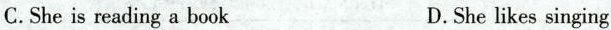
C.She is reading a book D.She likes singing